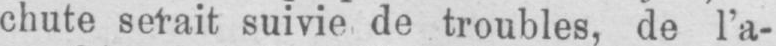
chute serait suivie de troubles, de l’a-